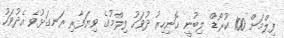
ފިލްމަށް 100 ކުރޯޑް ލިބުނީ ހޮނިހިރު ދުވަހު ފިލްމުގެ ވިޔަފާރި ރަނގަޅުވެ އެދުވަހު